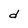
Character: d